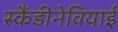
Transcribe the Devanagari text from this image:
स्कैंडीनेवियाई